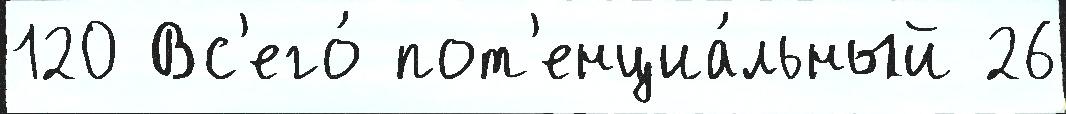
120 Вс'его́ пот'енциа́льный 26